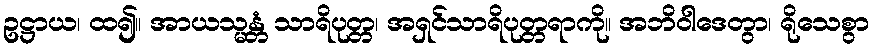
ဥဋ္ဌာယ၊ ထ၍။ အာယသ္မန္တံ သာရိပုတ္တ၊ အရှင်သာရိပုတ္တရာကို။ အဘိဝါဒေတွာ၊ ရိုသေစွာ